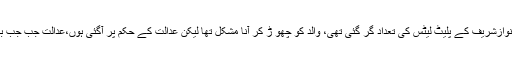
انہوں نے کہا کہ گزشتہ روز ایک دفعہ پھر نوازشریف کے پلیٹ لیٹس کی تعداد گر گئی تھی، والد کو چھو ڑ کر آنا مشکل تھا لیکن عدالت کے حکم پر آگئی ہوں،عدالت جب جب بلائے گی اس کے حکم پر عمل کیا جائے گا۔